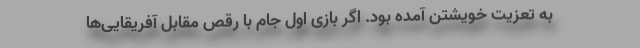
به تعزیت خویشتن آمده بود. اگر بازی اول جام با رقص مقابل آفریقایی‌ها